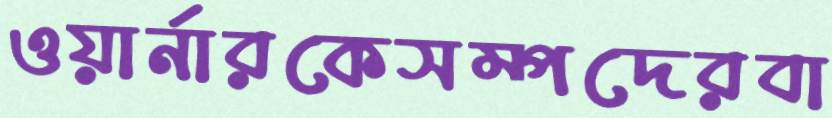
ওয়ার্নারকেসম্পদেরবা